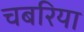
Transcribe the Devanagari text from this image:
चबरिया